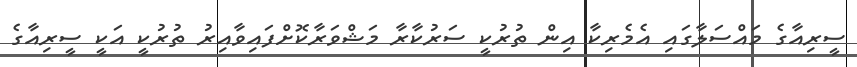
ސީރިއާގެ މައްސަލާގައި އެމެރިކާ އިން ތުރުކީ ސަރުކާރާ މަޝްވަރާކޮށްފައިވާއިރު ތުރުކީ އަކީ ސީރިއާގެ